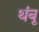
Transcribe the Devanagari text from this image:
थंबू